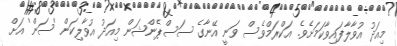
މިއަދު އުވާލާފައިވާކަމަށެވެ. އަކްރަމްވެސް ވަނީ އޭނާގެ ސަސްޕެންޝަން މިއަދު އުވާލިކަން 'ސަން' އަށް